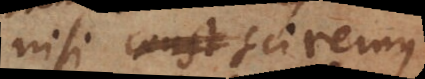
nisi sciremus